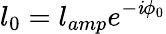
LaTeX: l_{0}=l_{amp}e^{-\mathit{i}\phi_{0}}